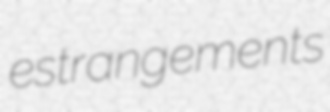
estrangements